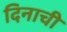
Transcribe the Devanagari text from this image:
दिनाची